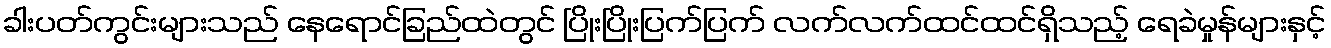
ခါးပတ်ကွင်းများသည် နေရောင်ခြည်ထဲတွင် ပြိုးပြိုးပြက်ပြက် လက်လက်ထင်ထင်ရှိသည့် ရေခဲမှုန်များနှင့်